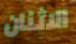
الاثنان